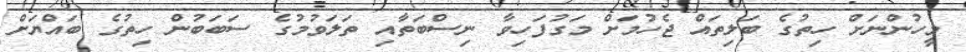
މީހުންނަށް ހިތުގެ ބަލިތައް ޖެހުމަށް މަގުފަހިވާ ނިސްބަތާއި ތަލަވުމުގެ ސަބަބުން ހިތުގެ ބައްޔަށް